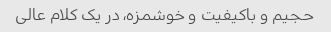
حجیم و باکیفیت و خوشمزه، در یک کلام عالی